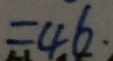
= 4 6 .